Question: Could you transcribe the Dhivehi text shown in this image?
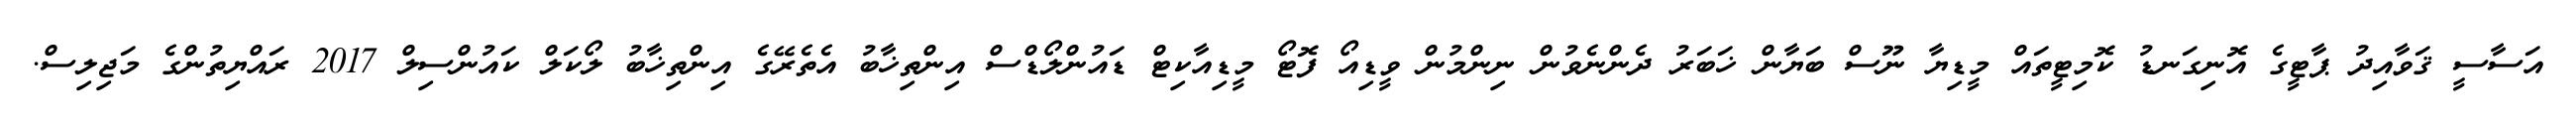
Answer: އަސާސީ ޤަވާއިދު ޕާޓީގެ އޮނިގަނޑު ކޮމިޓީތައް މީޑިޔާ ނޫސް ބަޔާން ޚަބަރު ދެންނެވުން ނިންމުން ވީޑިއޯ ފޮޓޯ މީޑިއާކިޓް ޑައުންލޯޑްސް އިންތިޚާބު އެތެރޭގެ އިންތިޚާބު ލޯކަލް ކައުންސިލް 2017 ރައްޔިތުންގެ މަޖިލިސް.